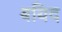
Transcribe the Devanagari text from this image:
बयिद